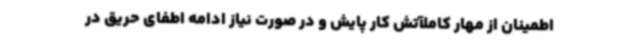
اطمینان از مهار کاملآتش کار پایش و در صورت نیاز ادامه اطفای حریق در